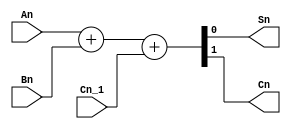
module f_adder_4(An, Bn, Cn_1, Sn, Cn);
	input An, Bn, Cn_1;
	output Sn, Cn;
	reg Sn, Cn;
	
	always@(An or Bn or Cn_1)
	{Cn, Sn} = An + Bn + Cn_1;
endmodule